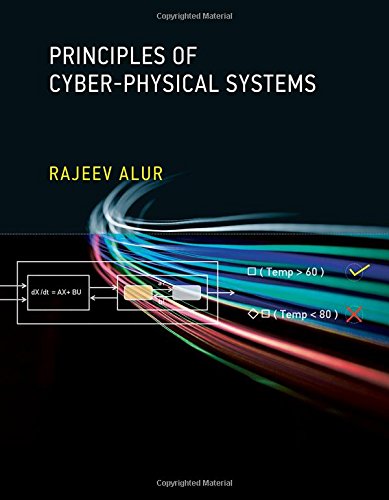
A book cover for Principles of Cyber-Physical Systems; Rajeev Alur; Computers & Technology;